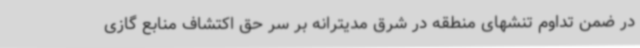
در ضمن تداوم تنشهای منطقه در شرق مدیترانه بر سر حق اکتشاف منابع گازی